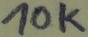
Text: 10K